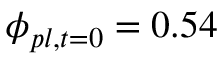
\phi _ { p l , t = 0 } = 0 . 5 4